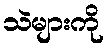
သဲများကို